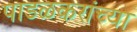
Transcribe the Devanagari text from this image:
पाडळकरांच्या